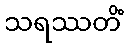
သရဿတိံ